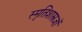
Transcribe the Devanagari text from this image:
स्मृतिशास्त्रज्ञों